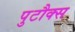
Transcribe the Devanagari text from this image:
पुटौक्स